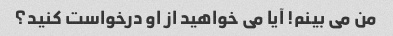
من می بینم! آیا می خواهید از او درخواست کنید؟